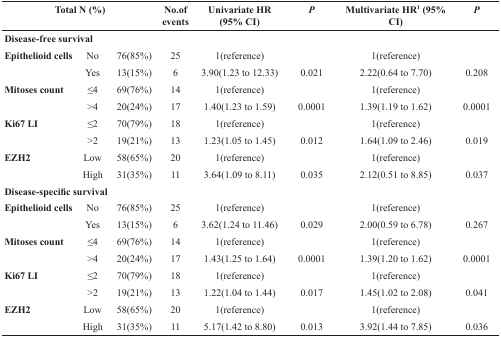
| <COLSPAN=3> Total N (%) | No.of events | Univariate HR(95% CI) | P | Multivariate HR1 (95% CI) | P |
 | --- | --- | --- | --- | --- | --- | --- | --- |
 | <COLSPAN=8> Disease-free survival |
 | Epithelioid cells | No | 76(85%) | 25 | 1(reference) |  | 1(reference) |  |
 |  | Yes | 13(15%) | 6 | 3.90(1.23 to 12.33) | 0.021 | 2.22(0.64 to 7.70) | 0.208 |
 | Mitoses count | ≤4 | 69(76%) | 14 | 1(reference) |  | 1(reference) |  |
 |  | >4 | 20(24%) | 17 | 1.40(1.23 to 1.59) | 0.0001 | 1.39(1.19 to 1.62) | 0.0001 |
 | Ki67 LI | ≤2 | 70(79%) | 18 | 1(reference) |  | 1(reference) |  |
 |  | >2 | 19(21%) | 13 | 1.23(1.05 to 1.45) | 0.012 | 1.64(1.09 to 2.46) | 0.019 |
 | EZH2 | Low | 58(65%) | 20 | 1(reference) |  | 1(reference) |  |
 |  | High | 31(35%) | 11 | 3.64(1.09 to 8.11) | 0.035 | 2.12(0.51 to 8.85) | 0.037 |
 | <COLSPAN=8> Disease-specific survival |
 | Epithelioid cells | No | 76(85%) | 25 | 1(reference) |  | 1(reference) |  |
 |  | Yes | 13(15%) | 6 | 3.62(1.24 to 11.46) | 0.029 | 2.00(0.59 to 6.78) | 0.267 |
 | Mitoses count | ≤4 | 69(76%) | 14 | 1(reference) |  | 1(reference) |  |
 |  | >4 | 20(24%) | 17 | 1.43(1.25 to 1.64) | 0.0001 | 1.39(1.20 to 1.62) | 0.0001 |
 | Ki67 LI | ≤2 | 70(79%) | 18 | 1(reference) |  | 1(reference) |  |
 |  | >2 | 19(21%) | 13 | 1.22(1.04 to 1.44) | 0.017 | 1.45(1.02 to 2.08) | 0.041 |
 | EZH2 | Low | 58(65%) | 20 | 1(reference) |  | 1(reference) |  |
 |  | High | 31(35%) | 11 | 5.17(1.42 to 8.80) | 0.013 | 3.92(1.44 to 7.85) | 0.036 |